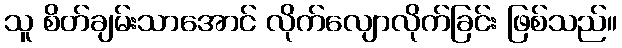
သူ စိတ်ချမ်းသာအောင် လိုက်လျောလိုက်ခြင်း ဖြစ်သည်။